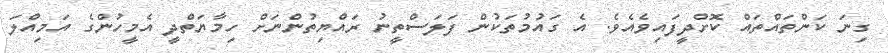
ގިނަ ކަންތައްތައް ކޮށްދީފައިވެއެވެ. އެ ގައުމުތަކުން ފަލަސްތީނު ރައްޔިތުންނަށް ހިމާޔަތްދީ އެމީހުންގެ އަމިއްލަ